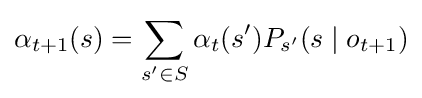
\alpha _{t+1}(s)=\sum _{s'\in S}\alpha _{t}(s')P_{s'}(s\mid o_{t+1})